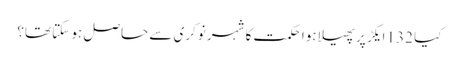
کیا 132 ایکڑ پر پھیلا ہوا حکمت کا شہر نوکری سے حاصل ہو سکتا تھا؟